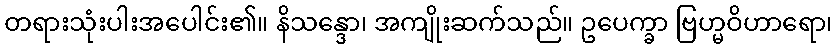
တရားသုံးပါးအပေါင်း၏။ နိသန္ဒော၊ အကျိုးဆက်သည်။ ဥပေက္ခာ ဗြဟ္မဝိဟာရော၊